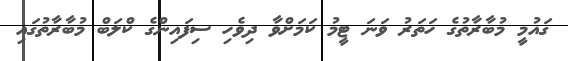
ގައުމީ މުބާރާތުގެ ހަތަރު ވަނަ ޓީމު ކަމަށްވާ ދިވެހި ސިފައިންގެ ކްލަބް މުބާރާތުގައި